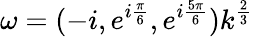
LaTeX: \omega=(-i,e^{i\frac{\pi}{6}},e^{i\frac{5\pi}{6}})k^{\frac{2}{3}}